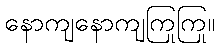
နောကျနောကျကြုကြု။